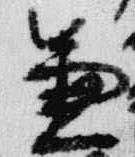
兼